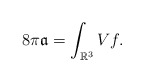
\begin{align*}8 \pi \mathfrak{a}=\int_{\mathbb{R}^3} V f.\end{align*}